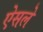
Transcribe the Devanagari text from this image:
ऐसले